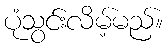
ပုံသွင်းလိမ့်မည်။